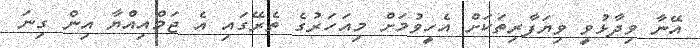
އޭނާ ވިދާޅުވީ ވިޔަފާރިތަކަށް އެހީވުމަށް މިއަހަރުގެ ތެރޭގައި އެ ޖަމްއިއްޔާ އިން ގިނަ